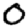
Digit: 0